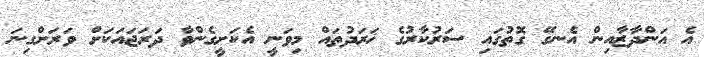
އެ އަންދާޒާއިން އެނގޭ ގޮތުގައި ސަރުކާރުގެ ޚަރަދުތައް މިވަނީ އެކަށީގެންވާ ދަރަޖައަކަށް ވަރަށްގިނަ